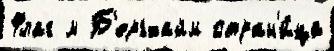
Флаг м Б'ергхайм стран'и́ца